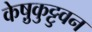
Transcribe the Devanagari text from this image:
केष़ुकुट्टुवन